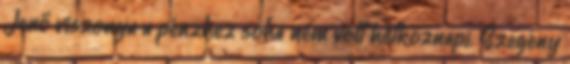
Jenő viszonya a pénzhez soha nem volt hétköznapi. Szegény